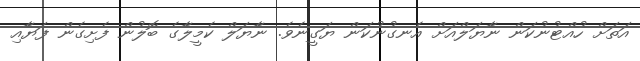
އަތަށް ހުއްޓުނުކަން ނާޔަލްއަށް އެނގުނުކަން ޔަގީނެވެ. ނާޔަލް ކެމީލާގެ ބޮލުން ފެށިގެން ފަޔާއި